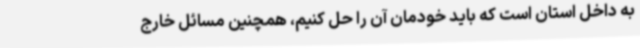
به داخل استان است که باید خودمان آن را حل کنیم، همچنین مسائل خارج